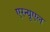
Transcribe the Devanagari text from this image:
एरन्‍यूएल